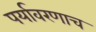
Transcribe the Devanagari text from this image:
पर्यावरणाच